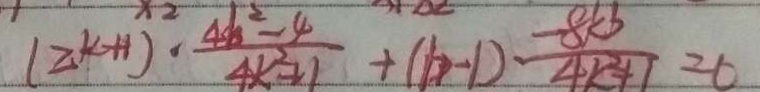
( 2 k + 1 ) \cdot \frac { 4 b ^ { 2 } - 4 } { 4 k ^ { 2 } + 1 } + ( b - 1 ) \frac { - 8 k b } { 4 k ^ { 2 } + 1 } = 0